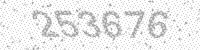
Solution: 253676